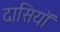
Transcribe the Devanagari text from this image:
दासियॉ